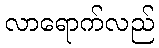
လာရောက်လည်